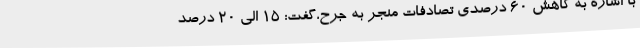
با اشاره به کاهش 60 درصدی تصادفات منجر به جرح،گفت: 15 الی 20 درصد